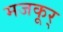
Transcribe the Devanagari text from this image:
मजकूर्